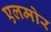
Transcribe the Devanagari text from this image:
एलमोर